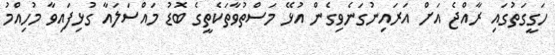
ހަގީގަތުގައި ރާއްޖެ އަށް އަރައިނުގަނެވިގެން އުޅޭ މަސްތުވާތަކެތީގެ ބޮޑު މައްސަލައާ ގުޅިފައިވާ މުހިއްމު